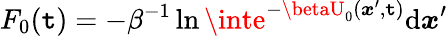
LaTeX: F_{0}(\mathtt{t})=-\beta^{-1}\ln\inte^{-\betaU_{0}({\boldsymbol{x}}^{\prime},\mathtt{t})}\mathrm{{d}}{\boldsymbol{x}}^{\prime}